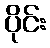
ပိုင်း